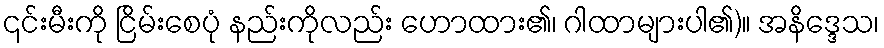
၎င်းမီးကို ငြိမ်းစေပုံ နည်းကိုလည်း ဟောထား၏၊ ဂါထာများပါ၏)။ အနိဒ္ဒေသ၊